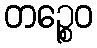
တဉ္စေဝ